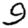
Digit: 9